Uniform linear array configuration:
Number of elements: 16
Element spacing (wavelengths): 0.5
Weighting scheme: blackman
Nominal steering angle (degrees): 30
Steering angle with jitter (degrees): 29.198
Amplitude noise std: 0.05
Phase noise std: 0.05

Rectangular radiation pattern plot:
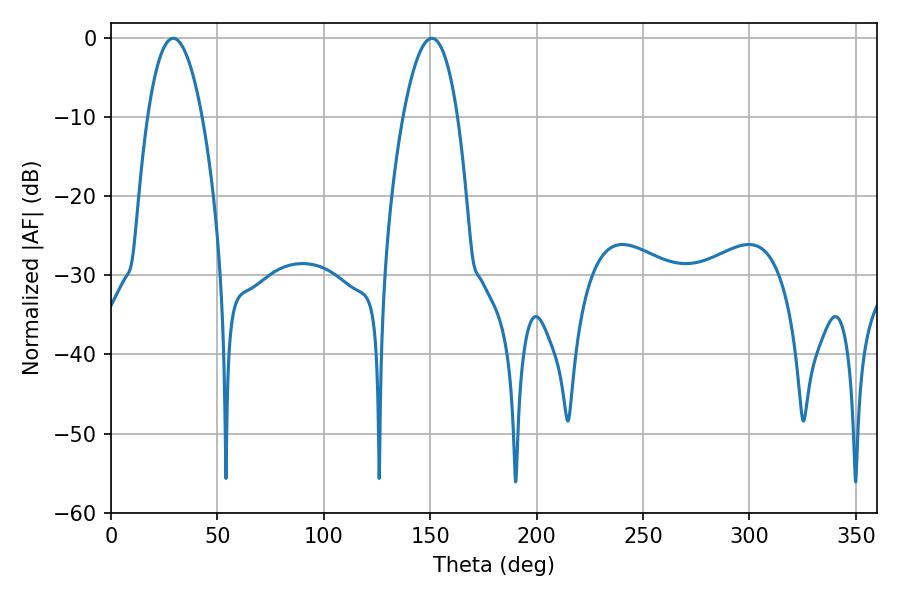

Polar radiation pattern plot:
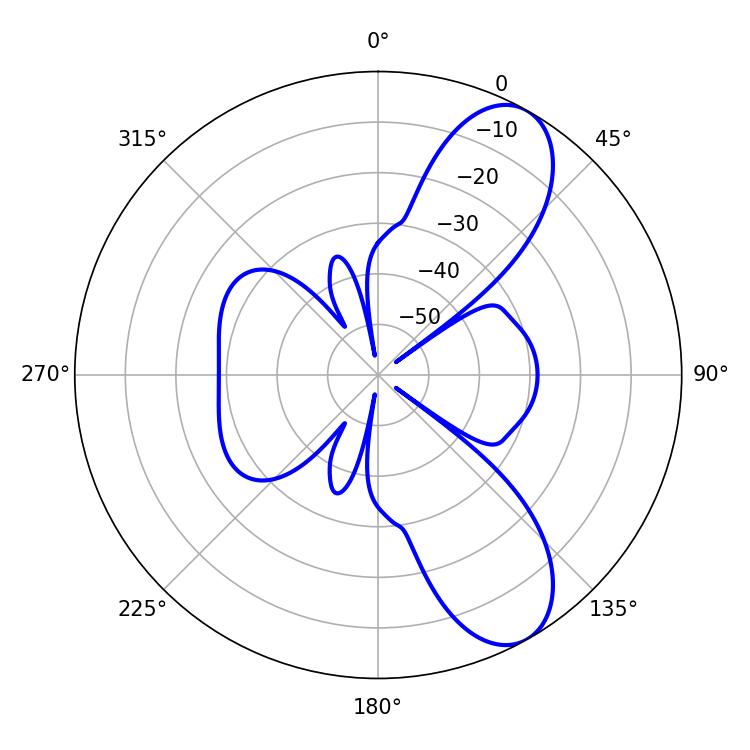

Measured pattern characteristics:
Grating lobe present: FALSE
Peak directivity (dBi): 8.883
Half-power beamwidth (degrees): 14.22
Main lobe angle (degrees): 29.16